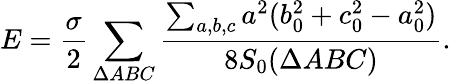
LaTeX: E=\frac{\sigma}{2}\sum_{\Delta ABC}\frac{\sum_{a,b,c}a^{2}(b_{0}^{2}+c_{0}^{2}-a_{0}^{2})}{8S_{0}(\Delta ABC)}.